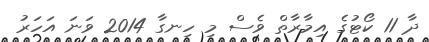
ދާ 11 ކޯޓުގެ އިމާރާތް ވެސް މި ހިނގާ 2014 ވަނަ އަހަރު